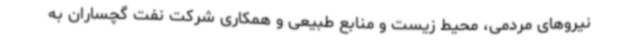
نیروهای مردمی، محیط زیست و منابع طبیعی و همکاری شرکت نفت گچساران به